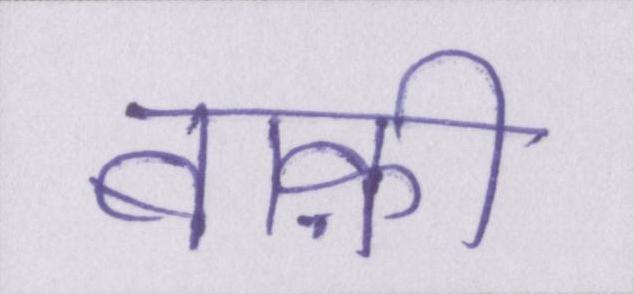
बाक़ी